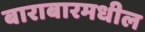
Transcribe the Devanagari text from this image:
बाराबारमधील